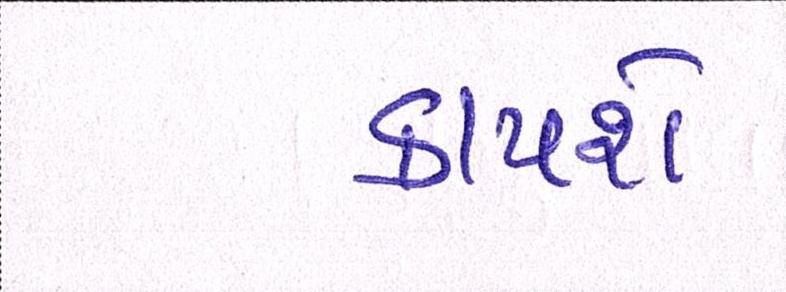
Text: કાપશે